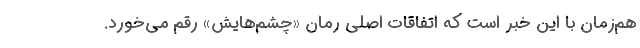
هم‌زمان با این خبر است که اتفاقات اصلی رمان «چشم‌هایش» رقم می‌خورد.